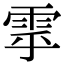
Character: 雽